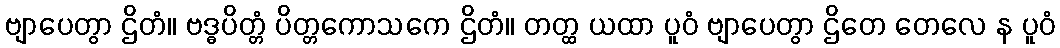
ဗျာပေတွာ ဌိတံ။ ဗဒ္ဓပိတ္တံ ပိတ္တကောသကေ ဌိတံ။ တတ္ထ ယထာ ပူဝံ ဗျာပေတွာ ဌိတေ တေလေ န ပူဝံ